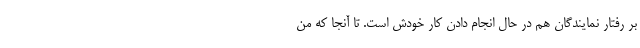
بر رفتار نمایندگان هم در حال انجام دادن کار خودش است. تا آنجا که من